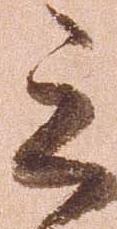
之